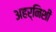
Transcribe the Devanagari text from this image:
अहर्निशी